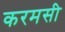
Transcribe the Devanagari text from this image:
करमसी